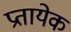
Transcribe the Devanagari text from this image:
प्रतायेक